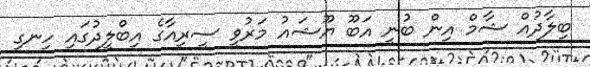
ބިލާދުއް ޝާމް އިން ބުނީ އަބޫ ޔޫޝައު މަރުވީ ސީރިއާގެ އިބްލީދުގައި ހިނގި